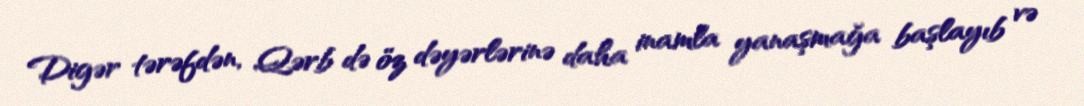
Digər tərəfdən, Qərb də öz dəyərlərinə daha inamla yanaşmağa başlayıb və